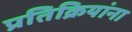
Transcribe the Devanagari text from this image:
प्रतिक्रियांना